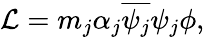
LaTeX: {\cal L}=m_{j}\alpha_{j}\overline{{{\psi_{j}}}}\psi_{j}\phi,